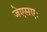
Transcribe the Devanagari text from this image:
जेएसएः